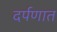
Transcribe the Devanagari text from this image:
दर्पणात